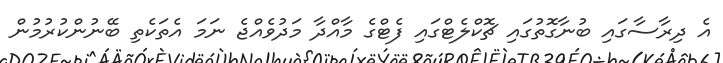
އެ ދިރާސާގައި ބުނާގޮތުގައި ޗޮކްލެޓްގައި ފެޓްގެ މާއްދާ މަދުވެއްޖެ ނަމަ އެތަކެތި ބޭނުންކުރުމުން